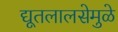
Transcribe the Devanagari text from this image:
द्यूतलालसेमुळे